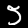
Digit: 5